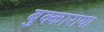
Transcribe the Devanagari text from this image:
बुक्काराया